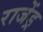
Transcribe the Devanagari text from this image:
राजेंड्र